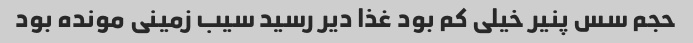
حجم سس پنیر خیلی کم بود غذا دیر رسید سیب زمینی مونده بود